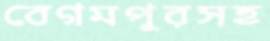
বেগমপুরসহ